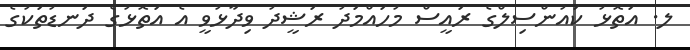
ލ. އަތޮޅު ކައުންސިލްގެ ރައީސް މުހައްމަދު ރަޝީދު ވިދާޅުވީ އެ އަތޮޅުގެ ދަނޑުތަކުގެ